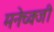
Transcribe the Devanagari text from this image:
मनेच्क्जी